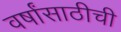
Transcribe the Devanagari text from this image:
वर्षांसाठीची